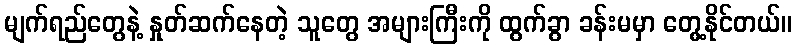
မျက်ရည်တွေနဲ့ နှုတ်ဆက်နေတဲ့ သူတွေ အများကြီးကို ထွက်ခွာ ခန်းမမှာ တွေ့နိုင်တယ်။